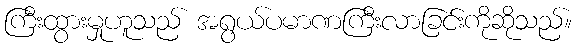
ကြီးထွားမှုဟူသည် အရွယ်ပမာဏကြီးလာခြင်းကိုဆိုသည်။